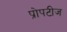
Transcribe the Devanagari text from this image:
प्रोपटीज